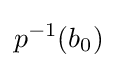
p^{-1}(b_{0})